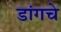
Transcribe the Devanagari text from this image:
डांगचे